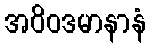
အဝိဝဒမာနာနံ